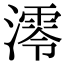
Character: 澪